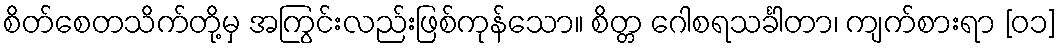
စိတ်စေတသိက်တို့မှ အကြွင်းလည်းဖြစ်ကုန်သော။ စိတ္တ ဂေါစရသင်္ခါတာ၊ ကျက်စားရာ [၀၁]